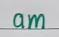
am